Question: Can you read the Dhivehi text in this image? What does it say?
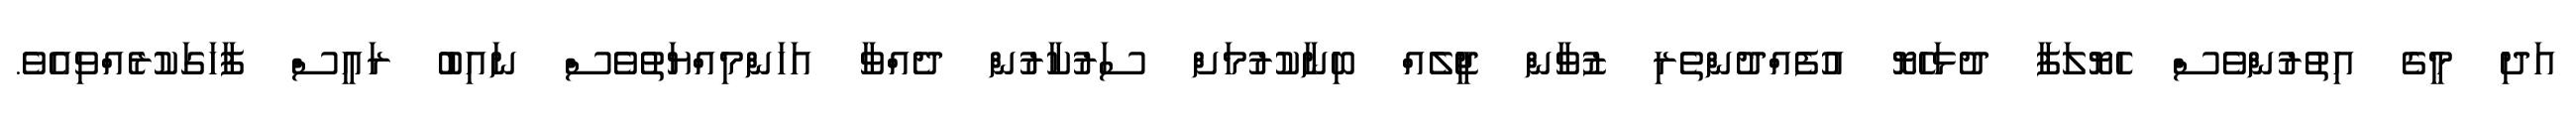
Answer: އަދި މީގެ އިތުރުންވެސް ހެޔޮލަފާ ދުޅަހެޔޮ އުފެއްދުންތެރި ޒުވާން ޖީލެއް ބިނާކުރުމަށް ސަރުކާރުން ދެއްވާ އަހަންމިއްޔަތުވެސް ނައިބު ރައީސް ފާހަގަކުރެއްވިއެވެ.